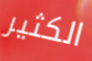
الكثير